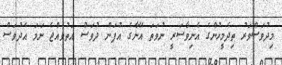
މިދުވަސްވަރު ތިދެމީހުންގެ އެނިވާސަރީ ނުވަތަ އޭނާގެ އުފަން ދުވަސް އަތުވެއްޖެ ނަމަ އެދުވަސް